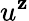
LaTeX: u^{\mathbf{z}}